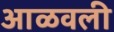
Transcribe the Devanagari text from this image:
आळवली